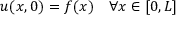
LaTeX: u ( x , 0 ) = f ( x ) \quad \forall x \in [ 0 , L ]